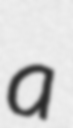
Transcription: a